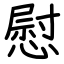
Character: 慰